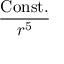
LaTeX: \frac { \mathrm { C o n s t . } } { r ^ { 5 } }